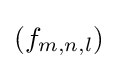
{\textstyle (f_{m,n,l})}